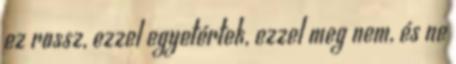
ez rossz, ezzel egyetértek, ezzel meg nem, és ne